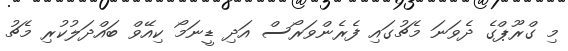
މި ގްރޫޕްގެ ދެވަނަ މެޗުގައި ފެރެންވަރޯސް އަދި ޑީނަމޯ ކިއޭވް ބައްދަލުކުރި މެޗު